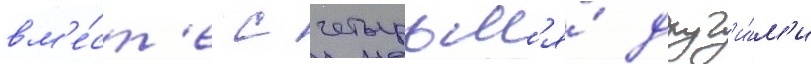
вм'е́ст'е с четырьм'я́ друг'и́м'и